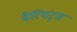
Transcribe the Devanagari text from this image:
वैरियंट्स